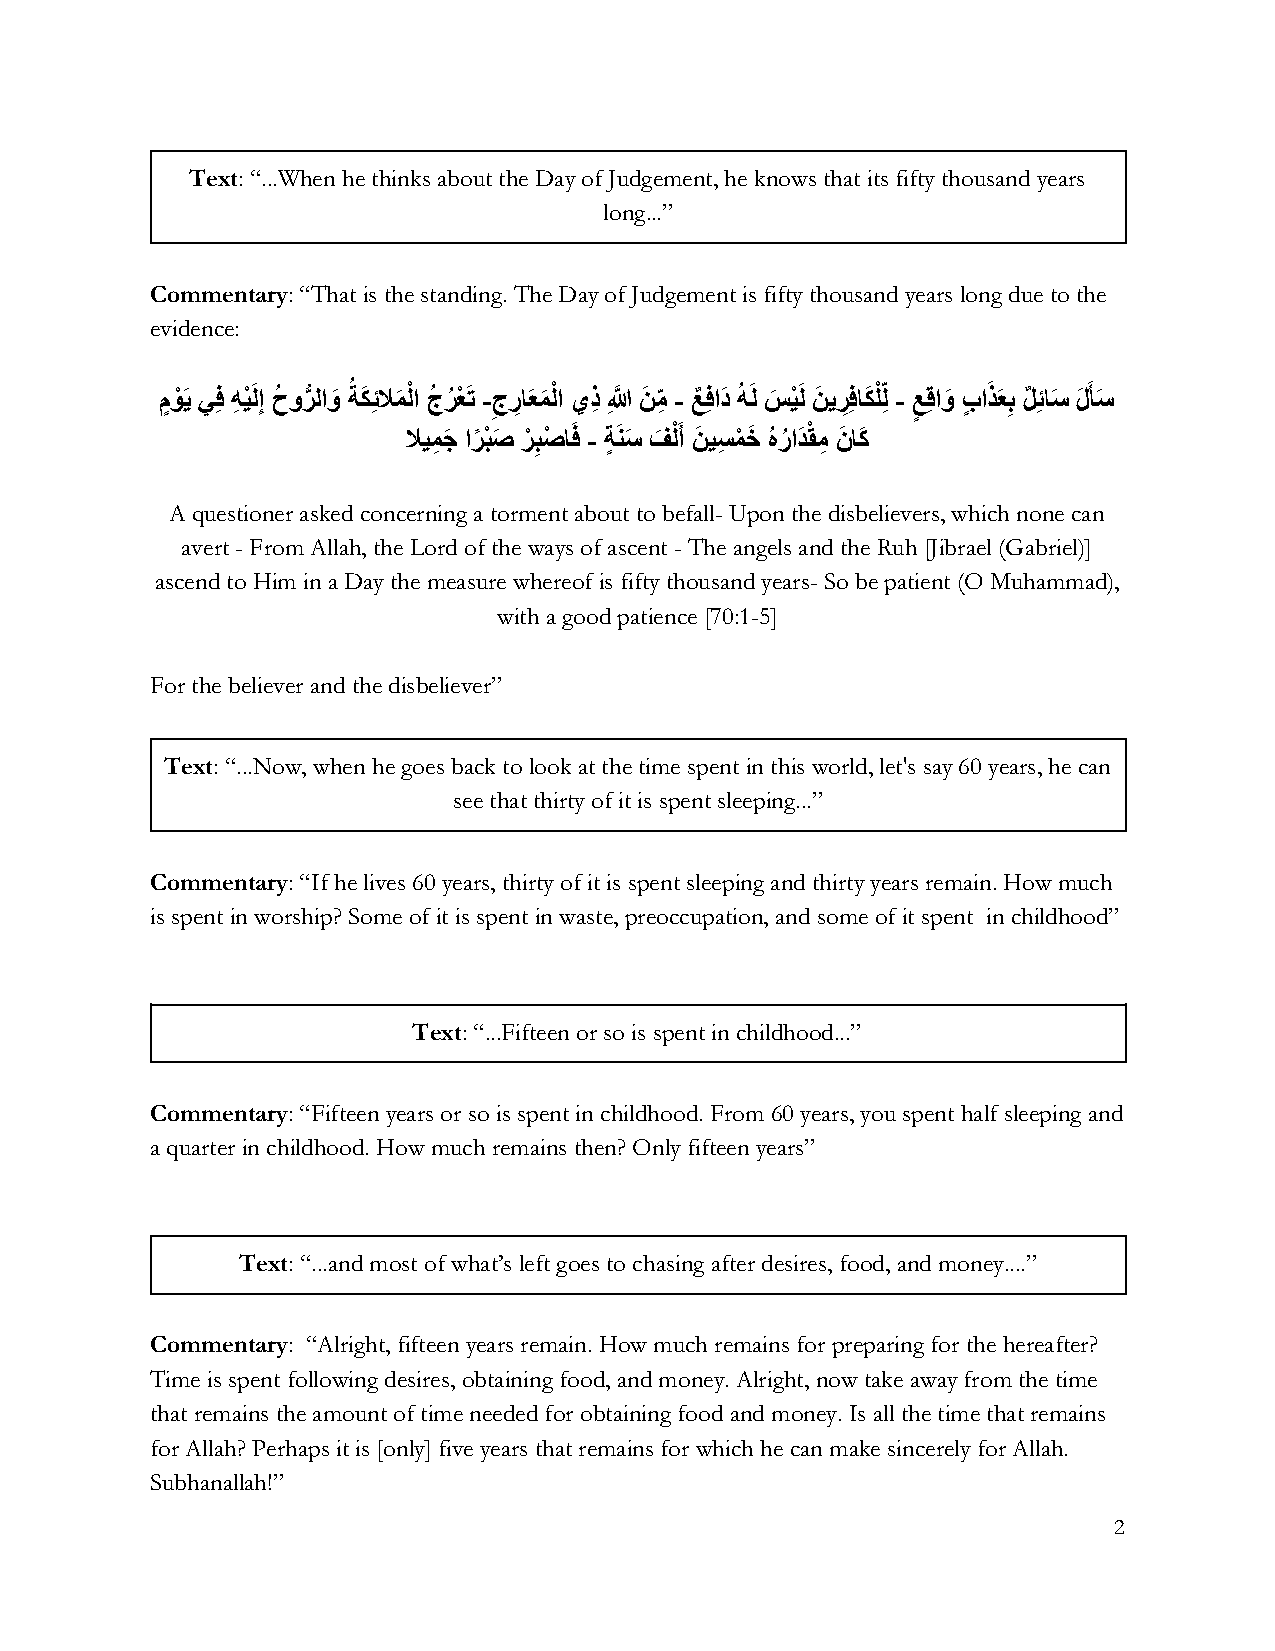
Text : “...When he thinks about the Day of Judgement, he knows that its fifty thousand years
 long...”
 Commentary : “That is the standing. The Day of Judgement is fifty thousand years long due to the
 evidence:
 ﻡٍ ﻮْ َﻳ ﻲِﻓ ﻪِ ﻴْ َﻟِﺇ ﺡُ ﻭﺮﱡ ﻟﺍﻭَ ُ ﺔﻜَ ِﺋﻼﻤَ ﻟْﺍ ﺝُ ﺮُ ﻌْ َﺗ ­ ِﺝﺭِ ﺎَﻌﻤَ ﻟْﺍ ﻱﺫِ ِ ﱠ ﻦَ ﻣِّ ­ ﻊٌ ِﻓﺍﺩَ ُ ﻪَﻟ ﺲَ ﻴْ َﻟ ﻦَ ﻳﺮِ ِﻓﺎﻜَ ﻠّْﻟِ ­ ﻊ ٍ ِﻗﺍﻭَ ﺏٍ ﺍَﺬَﻌِﺑ ﻞٌ ِﺋﺎﺳَ ﻝَ َﺄﺳَ
 ﻼﻴﻤِ ﺟَ ﺍﺮً ﺒْ ﺻَ ﺮْ ِﺒﺻْ ﺎَﻓ ­ ﺔٍ َﻨﺳَ ﻒَ ﻟَْﺃ ﻦ َ ﻴﺴِ ﻤْ ﺧَ ُ ﻩﺭُ ﺍﺪَ ﻘْ ﻣِ ﻥَ ﺎﻛَ
 A questioner asked concerning a torment about to befall- Upon the disbelievers, which none can
 avert - From Allah, the Lord of the ways of ascent - The angels and the Ruh [Jibrael (Gabriel)]
 ascend to Him in a Day the measure whereof is fifty thousand years- So be patient (O Muhammad),
 with a good patience [70:1-5]
 For the believer and the disbeliever”
 Text : “...Now, when he goes back to look at the time spent in this world, let's say 60 years, he can
 see that thirty of it is spent sleeping...”
 Commentary : “If he lives 60 years, thirty of it is spent sleeping and thirty years remain. How much
 is spent in worship? Some of it is spent in waste, preoccupation, and some of it spent in childhood”
 Text : “...Fifteen or so is spent in childhood...”
 Commentary : “Fifteen years or so is spent in childhood. From 60 years, you spent half sleeping and
 a quarter in childhood. How much remains then? Only fifteen years”
 Text : “...and most of what’s left goes to chasing after desires, food, and money....”
 Commentary : “Alright, fifteen years remain. How much remains for preparing for the hereafter?
 Time is spent following desires, obtaining food, and money. Alright, now take away from the time
 that remains the amount of time needed for obtaining food and money. Is all the time that remains
 for Allah? Perhaps it is [only] five years that remains for which he can make sincerely for Allah.
 Subhanallah!”
 2